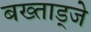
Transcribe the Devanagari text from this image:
बख्ताड्जे